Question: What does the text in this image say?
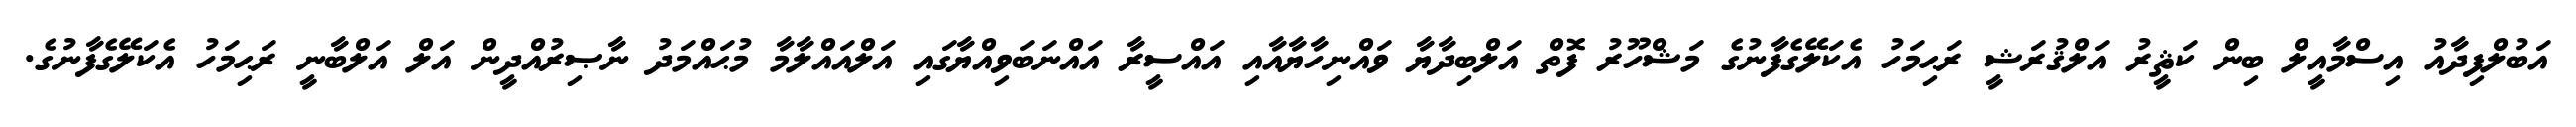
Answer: އަބުލްފިދާއު އިސްމާއީލް ބިން ކަޘީރު އަލްޤުރަޝީ ރަޙިމަހު އެކަލޭގެފާނުގެ މަޝްހޫރު ފޮތް އަލްބިދާޔާ ވައްނިހާޔާއާއި އައްސީރާ އައްނަބަވިއްޔާގައި އަލްއައްލާމާ މުޙައްމަދު ނާޞިރުއްދީން އަލް އަލްބާނީ ރަޙިމަހު އެކަލޭގެފާނުގެ.